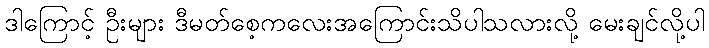
ဒါကြောင့် ဦးများ ဒီမတ်စေ့ကလေးအကြောင်းသိပါသလားလို့ မေးချင်လို့ပါ